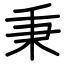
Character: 秉